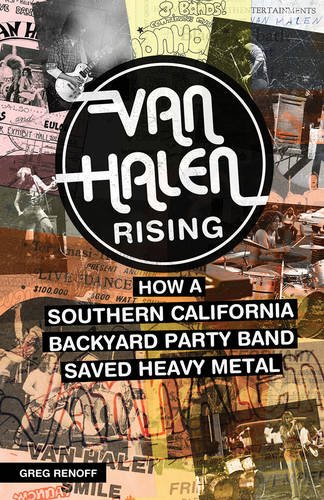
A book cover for Van Halen Rising: How a Southern California Backyard Party Band Saved Heavy Metal; Greg Renoff; Humor & Entertainment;